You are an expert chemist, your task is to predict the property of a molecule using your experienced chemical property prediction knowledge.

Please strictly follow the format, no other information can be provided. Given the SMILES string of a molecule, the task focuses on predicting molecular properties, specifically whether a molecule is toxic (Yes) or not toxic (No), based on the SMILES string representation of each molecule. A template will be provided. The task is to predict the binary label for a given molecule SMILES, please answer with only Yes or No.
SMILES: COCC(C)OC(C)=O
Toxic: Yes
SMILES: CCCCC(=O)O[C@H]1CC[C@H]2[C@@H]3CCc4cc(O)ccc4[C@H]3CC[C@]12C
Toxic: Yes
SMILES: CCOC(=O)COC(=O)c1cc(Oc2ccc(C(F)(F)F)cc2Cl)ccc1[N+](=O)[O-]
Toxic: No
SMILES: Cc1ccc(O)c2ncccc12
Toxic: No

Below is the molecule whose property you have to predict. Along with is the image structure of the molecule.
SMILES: CS(=O)(=O)CCNCc1ccc(-c2ccc3ncnc(Nc4ccc(OCc5cccc(F)c5)c(Cl)c4)c3c2)o1
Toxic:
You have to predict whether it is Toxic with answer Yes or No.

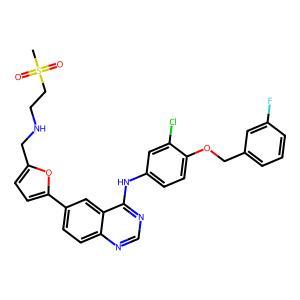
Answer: No